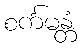
စင်္ကမန္တံ